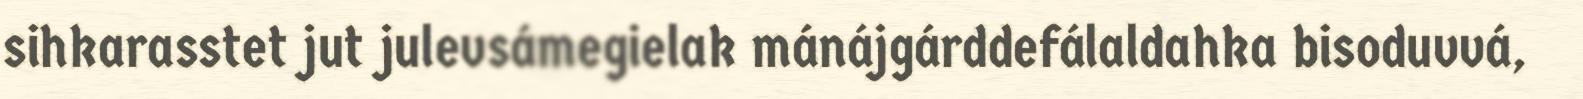
sihkarasstet jut julevsámegielak mánájgárddefálaldahka bisoduvvá,